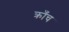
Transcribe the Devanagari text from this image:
क्राँच